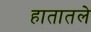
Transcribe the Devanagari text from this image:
हातातले